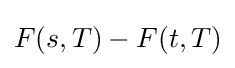
F(s,T)-F(t,T)